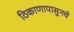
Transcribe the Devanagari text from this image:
ठिकाणापासुनचे